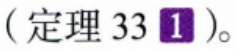
（定理 33 \textcircled{1}）。